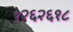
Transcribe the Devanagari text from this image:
१२६२६१८